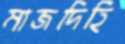
মাজদিহি